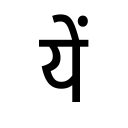
OCR:
यें